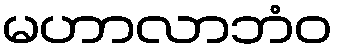
မဟာလာဘံဝ